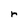
Character: r